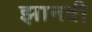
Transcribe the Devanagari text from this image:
झानवी